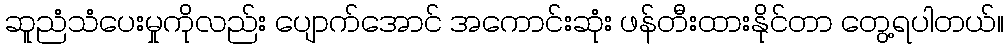
ဆူညံသံပေးမှုကိုလည်း ပျောက်အောင် အကောင်းဆုံး ဖန်တီးထားနိုင်တာ တွေ့ရပါတယ်။